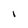
Character: I